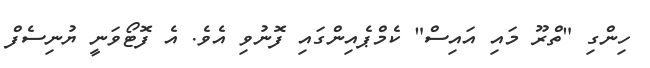
ހިންގި "ތްރޫ މައި އައިސް" ކެމްޕެއިންގައި ފޮނުވި އެވެ. އެ ފޮޓޯވަނީ ޔުނިސެފް